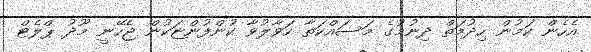
އެހެން ކަމުން ހިދުމަތް ދިނުމުގެ މަސައްކަތާ ހަވާލުވާ ކުންފުންޏަކުން ޖެހޭނީ މޫދު ޕްލެޓް